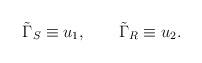
LaTeX: \begin{align*}\tilde \Gamma _S \equiv u_1, \qquad \tilde \Gamma _R \equiv u_2.\end{align*}